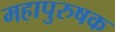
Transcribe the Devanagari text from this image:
महापुरुषक